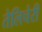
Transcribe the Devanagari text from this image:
तेलिचेरी